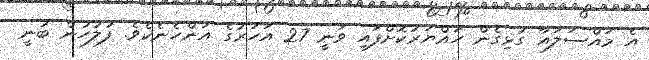
އެ މައްސަލައާ ގުޅިގެން ހައްޔަރުކޮށްފައި ވަނީ 27 އަހަރުގެ އަންހެނެކެވެ. ފުލުހުން ބުނީ